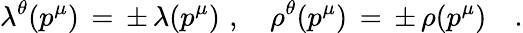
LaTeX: \lambda^{\theta}(p^{\mu})\, =\, \pm\, \lambda(p^{\mu})\, \, ,\quad\rho^{\theta}(p^{\mu})\, =\, \pm\, \rho(p^{\mu})\quad.